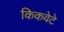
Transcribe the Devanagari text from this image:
किकवेटे